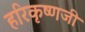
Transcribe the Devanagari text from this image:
हरिकृष्णजी